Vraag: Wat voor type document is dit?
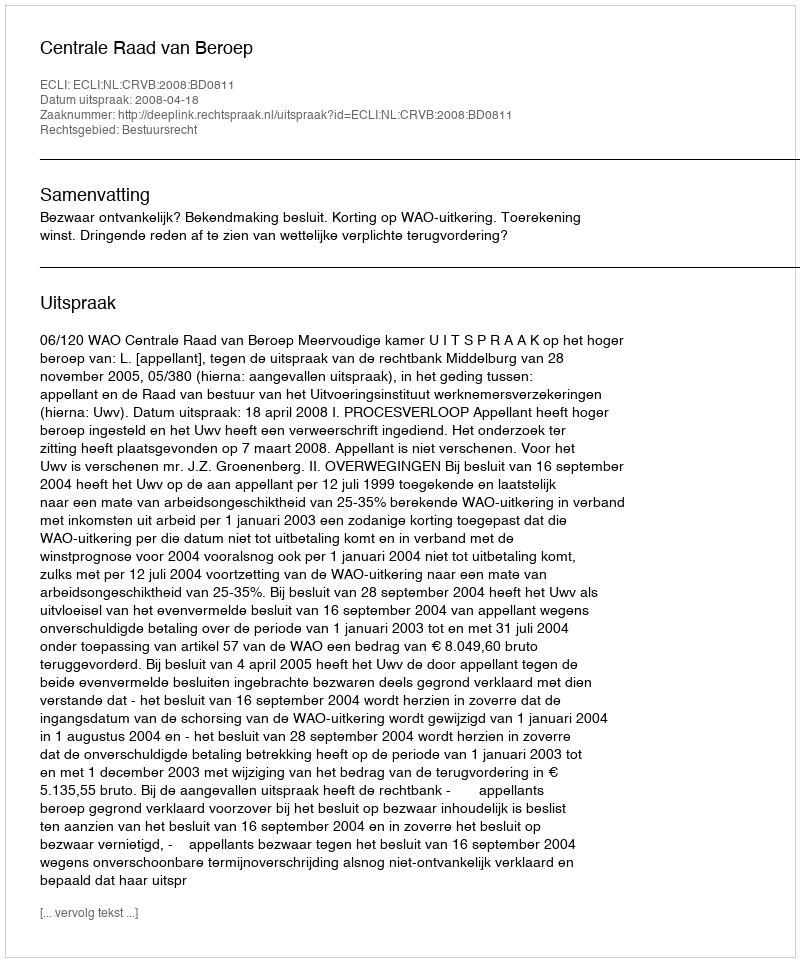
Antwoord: Uitspraak